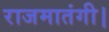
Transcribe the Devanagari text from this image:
राजमातंगी।